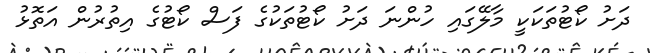
ދަށު ކޯޓުތަކަކީ މާލޭގައި ހުންނަ ދަށު ކޯޓުތަކުގެ ފަސް ކޯޓުގެ އިތުރުން އަތޮޅު